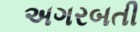
અગરબતી